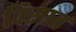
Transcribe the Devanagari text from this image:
विसात